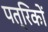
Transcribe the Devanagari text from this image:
पत्रिकों